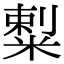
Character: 𥻌